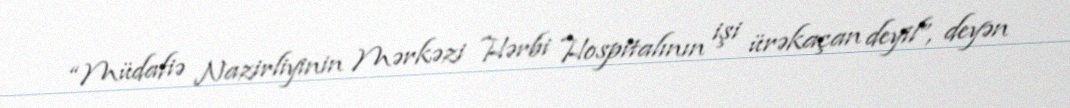
“Müdafiə Nazirliyinin Mərkəzi Hərbi Hospitalının işi ürəkaçan deyil”, deyən